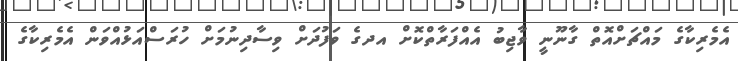
އެމެރިކާގެ މައްޗަށްއޮތް ގާނޫނީ ވާޖިބު އެއްފަރާތްކޮށް އދގެ ވަފުދަށް ވިސާދިނުމަށް ހުރަސްއަޅުއްވަން އެމެރިކާގެ